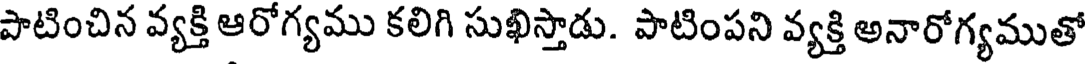
పాటించిన వ్యక్తి ఆరోగ్యము కలిగి సుఖిస్తాడు. పాటింపని వ్యక్తి అనారోగ్యముతో